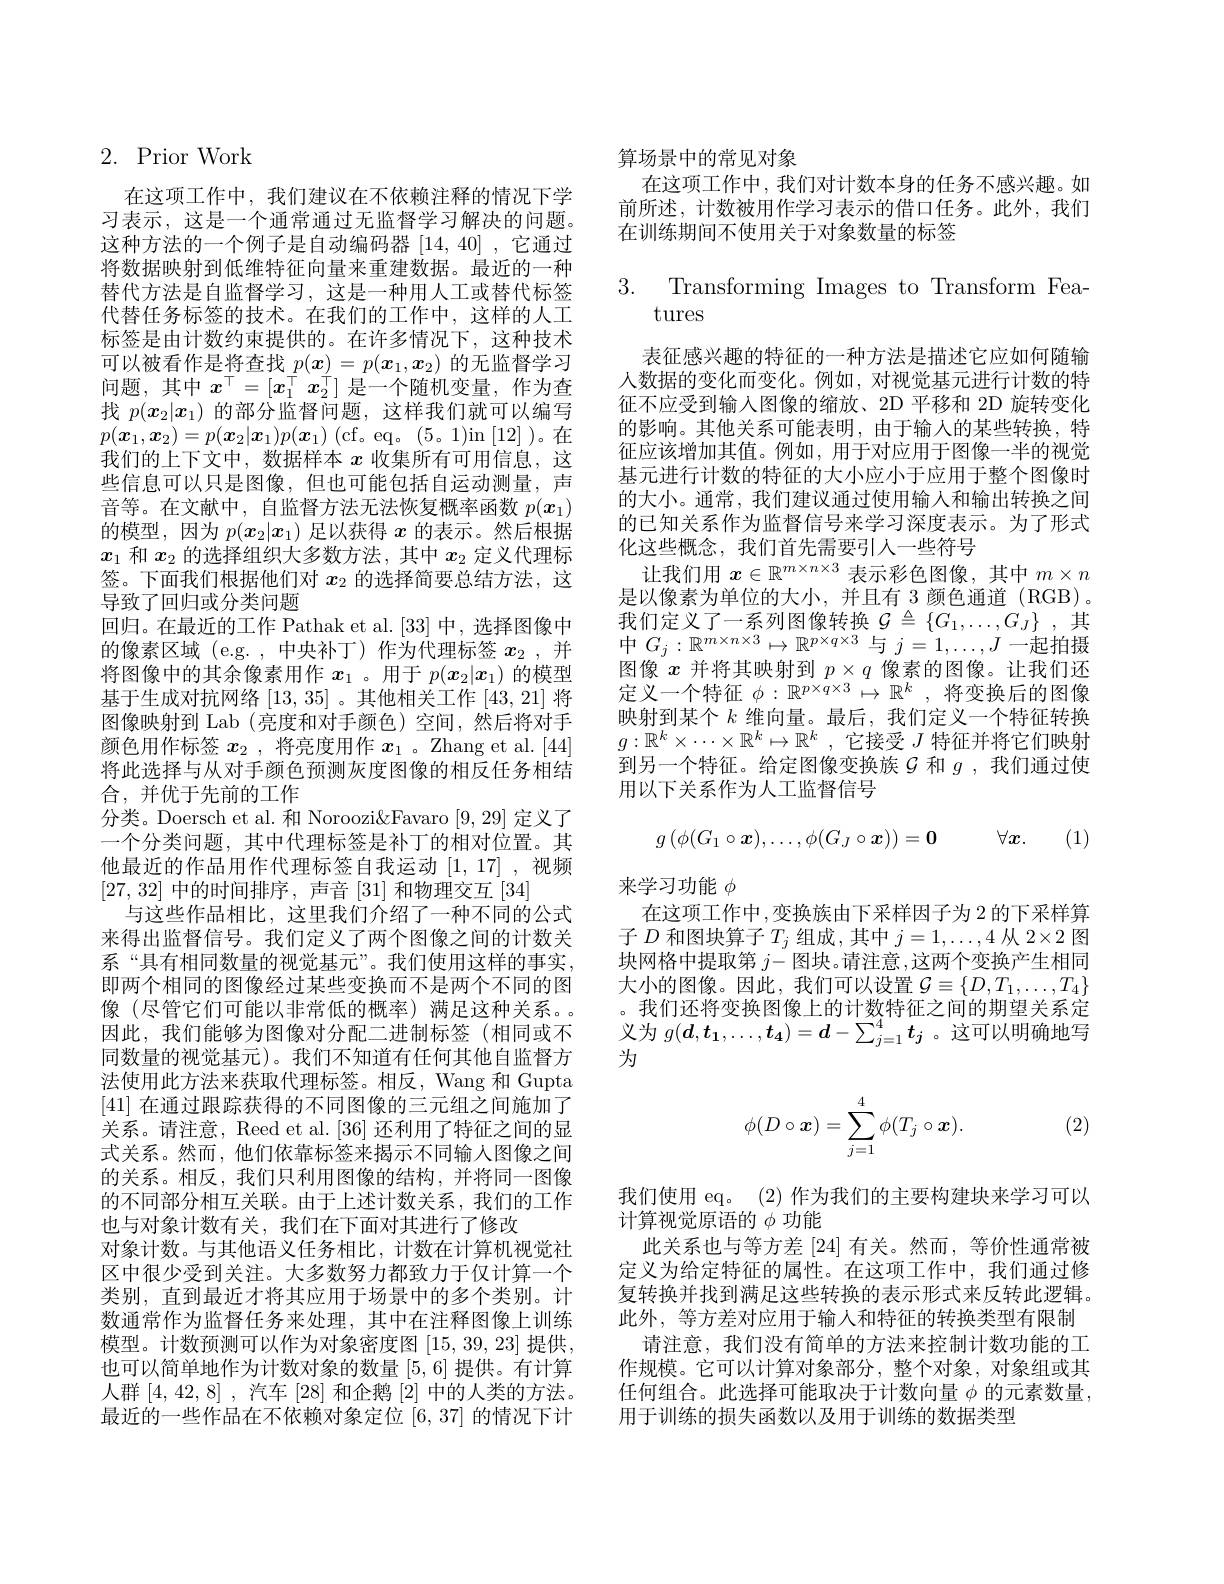
## $2.{\mathrm{~Prior~Work}}$

在这项工作中，我们建议在不依赖注释的情况下学习表示，这是一个通常通过无监督学习解决的问题。这种方法的一个例子是自动编码器[14,40] ,它通过将数据映射到低维特征向量来重建数据。最近的一种替代方法是自监督学习，这是一种用人工或替代标签代替任务标签的技术。在我们的工作中，这样的人工标签是由计数约束提供的。在许多情况下，这种技术可以被看作是将查找$p(\boldsymbol{x})=p(\boldsymbol{x}_1,\boldsymbol{x}_2)$的无监督学习问题，其中$x^\top=[x_1^\top x_2^\top]$是一个随机变量，作为查找$p(x_2|x_1)$的部分监督问题，这样我们就可以编写$p( \boldsymbol{x}_1, \boldsymbol{x}_2) = p( \boldsymbol{x}_2| \boldsymbol{x}_1) p( \boldsymbol{x}_1) \allowbreak ( {\mathrm{mod}} $( cf。eq。( 5。1) in[ 12] ) 。在 ) 我们的上下文中，数据样本$x$收集所有可用信息，这些信息可以只是图像，但也可能包括自运动测量，声音等。在文献中，自监督方法无法恢复概率函数$p(\boldsymbol{x}_1)$ 的模型，因为$p(x_2|x_1)$足以获得$x$的表示。然后根据$x_1$和$x_2$的选择组织大多数方法，其中$x_2$定义代理标签。下面我们根据他们对$x_2$的选择简要总结方法，这导致了回归或分类问题
回归。在最近的工作 Pathak et al.[33] 中，选择图像中的像素区域(e.g.,中央补丁)作为代理标签$x_2$ , 并将图像中的其余像素用作$x_1$ 。用于$p(x_2|x_1)$的模型基于生成对抗网络[13,35] 。其他相关工作[43,21]将图像映射到 Lab(亮度和对手颜色)空间，然后将对手颜色用作标签$x_2$ ,将亮度用作$x_1$ 。Zhang et al.[44] 将此选择与从对手颜色预测灰度图像的相反任务相结合，并优于先前的工作
分类。Doersch et al. 和 Noroozi&Favaro [9,29]定义了一个分类问题，其中代理标签是补丁的相对位置。其他最近的作品用作代理标签自我运动[1,17] ,视频[27,32]中的时间排序，声音[31]和物理交互[34]
与这些作品相比，这里我们介绍了一种不同的公式来得出监督信号。我们定义了两个图像之间的计数关系“具有相同数量的视觉基元”。我们使用这样的事实， 即两个相同的图像经过某些变换而不是两个不同的图像 (尽管它们可能以非常低的概率) 满足这种关系。因此，我们能够为图像对分配二进制标签(相同或不同数量的视觉基元)。我们不知道有任何其他自监督方法使用此方法来获取代理标签。相反，Wang 和 Gupta [41]在通过跟踪获得的不同图像的三元组之间施加了关系。请注意，Reed et al. [36]还利用了特征之间的显式关系。然而，他们依靠标签来揭示不同输人图像之间的关系。相反，我们只利用图像的结构，并将同一图像的不同部分相互关联。由于上述计数关系，我们的工作也与对象计数有关，我们在下面对其进行了修改
对象计数。与其他语义任务相比，计数在计算机视觉社区中很少受到关注。大多数努力都致力于仅计算一个类别，直到最近才将其应用于场景中的多个类别。计数通常作为监督任务来处理，其中在注释图像上训练模型。计数预测可以作为对象密度图[15,39,23]提供也可以简单地作为计数对象的数量[5,6]提供。有计算人群[4,42,8] ,汽车[28]和企鹅[2]中的人类的方法。最近的一些作品在不依赖对象定位[6,37]的情况下计

算场景中的常见对象
在这项工作中，我们对计数本身的任务不感兴趣。如前所述，计数被用作学习表示的借口任务。此外，我们在训练期间不使用关于对象数量的标签

3. Transforming Images to Transform Fea
tures

表征感兴趣的特征的一种方法是描述它应如何随输人数据的变化而变化。例如，对视觉基元进行计数的特征不应受到输入图像的缩放、2D 平移和 2D 旋转变化的影响。其他关系可能表明，由于输入的某些转换，特征应该增加其值。例如，用于对应用于图像一半的视觉基元进行计数的特征的大小应小于应用于整个图像时的大小。通常，我们建议通过使用输入和输出转换之间的已知关系作为监督信号来学习深度表示。为了形式化这些概念，我们首先需要引入一些符号
让我们用$x\in\mathbb{R}^{m\times n\times3}$表示彩色图像，其中$m\times n$ 是以像素为单位的大小，并且有 3 颜色通道 (RGB)。我们定义了一系列图像转换$\mathcal{G}\triangleq\{G_1,\ldots,G_J\}$ ,其中$G_j:\mathbb{R}^{m\times n\times3}\mapsto\mathbb{R}^{p\times q\times3}$与$j=1,\ldots,J$一起拍摄图像$x$并将其映射到$p\times q$像素的图像。让我们还定义一个特征$\phi:\mathbb{R}^p\times q\times3\mapsto\mathbb{R}^k$,将变换后的图像映射到某个$k$维向量。最后，我们定义一个特征转换$g:\mathbb{R}^k\times\cdots\times\mathbb{R}^k\mapsto\mathbb{R}^k$,它接受 $J$ 特征并将它们映射$g:\mathbb{R}^k\times\cdots\times\mathbb{R}^k\mapsto\mathbb{R}^k$, 它接受 $J$ 特征并将它们映射$_\text{一个}$ 到另一个特征。给定图像变换族$\mathcal{G}$ 和 $g$ ,我们通过使用以下关系作为人工监督信号
$$g\left(\phi(G_1\circ\boldsymbol{x}),\ldots,\phi(G_J\circ\boldsymbol{x})\right)=\boldsymbol{0}\quad\forall\boldsymbol{x}.$$
来学习功能$\phi$
在这项工作中，变换族由下采样因子为 2 的下采样算子$D$和图块算子$T_j$组成 , 其中$j=1,\ldots,4$从 2$\times2$图块网格中提取第$j-$图块。请注意，这两个变换产生相同大小的图像。因此，我们可以设置$\mathcal{G}\equiv\{D,T_1,\ldots,T_4\}$ 。我们还将变换图像上的计数特征之间的期望关系定义为$g(\boldsymbol{d},\boldsymbol{t}_1,\ldots,\boldsymbol{t}_4)=\boldsymbol{d}-\sum_{j=1}^4\boldsymbol{t}_j$ 。这可以明确地写为

(2)
$$\phi(D\circ\boldsymbol{x})=\sum_{j=1}^4\phi(T_j\circ\boldsymbol{x}).$$
我们使用 eq。(2) 作为我们的主要构建块来学习可以
计算视觉原语的$\phi$功能
此关系也与等方差 [24] 有关。然而，等价性通常被定义为给定特征的属性。在这项工作中，我们通过修复转换并找到满足这些转换的表示形式来反转此逻辑。此外，等方差对应用于输入和特征的转换类型有限制
请注意，我们没有简单的方法来控制计数功能的工作规模。它可以计算对象部分，整个对象，对象组或其任何组合。此选择可能取决于计数向量$\phi$的元素数量， 用于训练的损失函数以及用于训练的数据类型